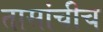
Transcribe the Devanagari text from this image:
तासांचीच